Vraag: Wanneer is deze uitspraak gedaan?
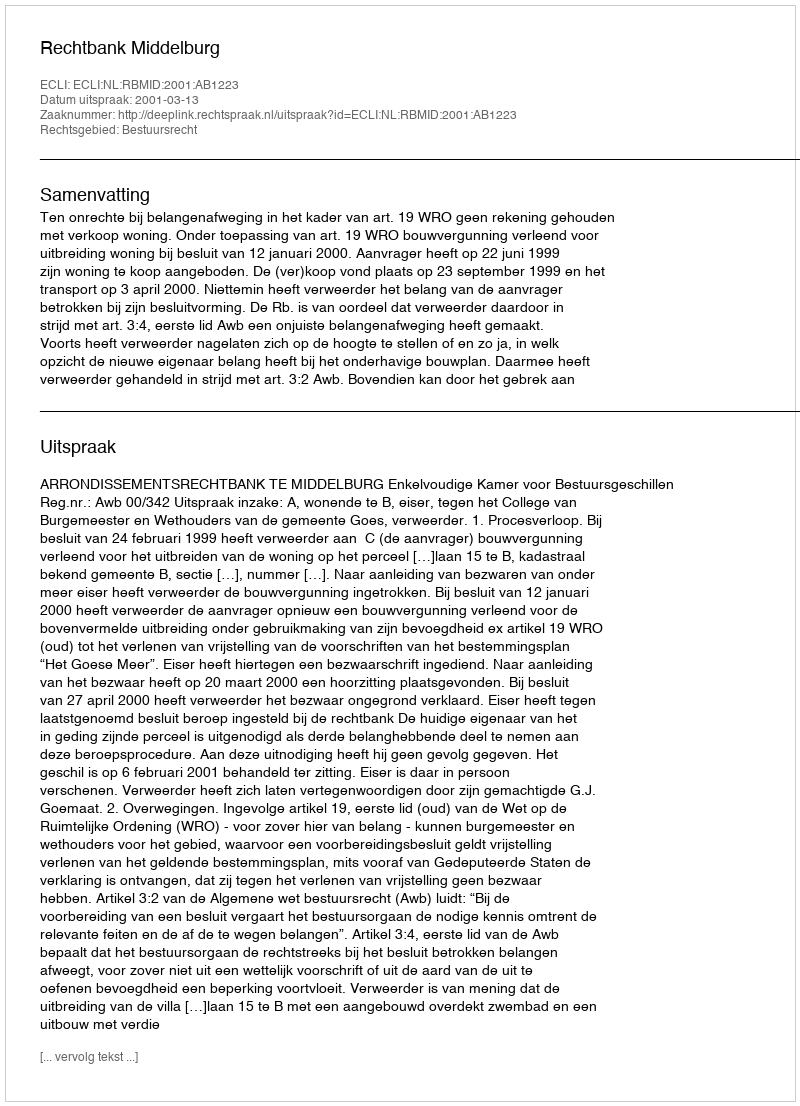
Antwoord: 2001-03-13